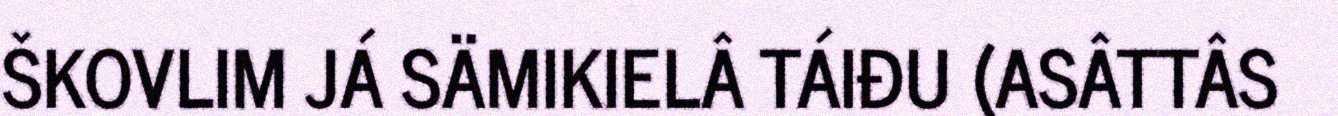
ŠKOVLIM JÁ SÄMIKIELÂ TÁIĐU (ASÂTTÂS